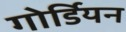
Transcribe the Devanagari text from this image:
गोर्डियन